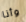
وأنا